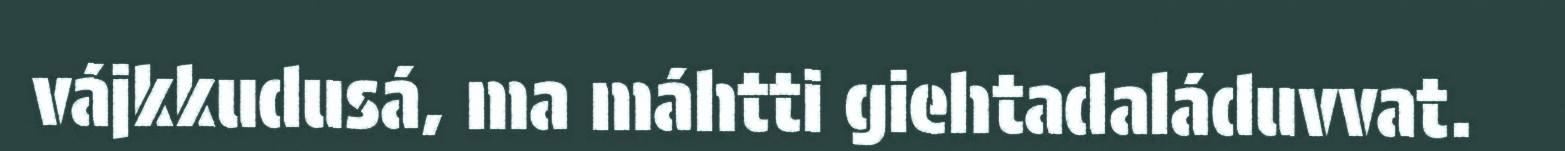
vájkkudusá, ma máhtti giehtadaláduvvat.